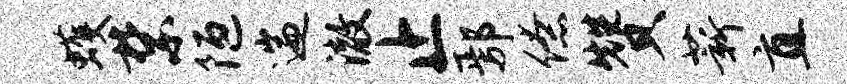
蠖禁陋遄澈止鄢僚赞薪直